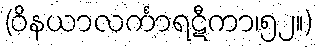
(ဝိနယာလင်္ကာရဋီကာ၊၅၂။)